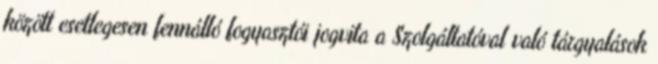
között esetlegesen fennálló fogyasztói jogvita a Szolgáltatóval való tárgyalások